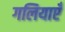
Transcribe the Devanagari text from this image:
गलियाएँ